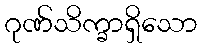
ဂုဏ်သိက္ခာရှိသော